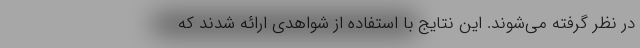
در نظر گرفته می‌شوند. این نتایج با استفاده از شواهدی ارائه شدند که